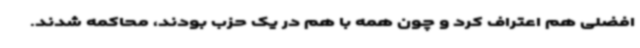
افضلی هم اعتراف کرد و چون همه با هم در یک حزب بودند، محاکمه شدند.